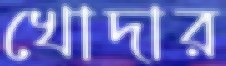
খোদার